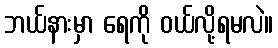
ဘယ်နားမှာ ရေကို ဝယ်လို့ရမလဲ။